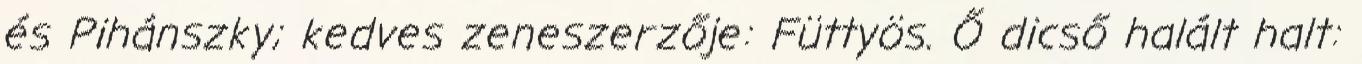
és Pihánszky; kedves zeneszerzője: Füttyös. Ő dicső halált halt: